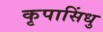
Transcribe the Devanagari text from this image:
कृपासिंधु